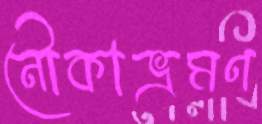
নৌকাভ্রমণ